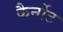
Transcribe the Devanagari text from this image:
कैर्नोट